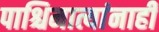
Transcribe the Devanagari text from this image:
पाश्चिमात्यांनाही